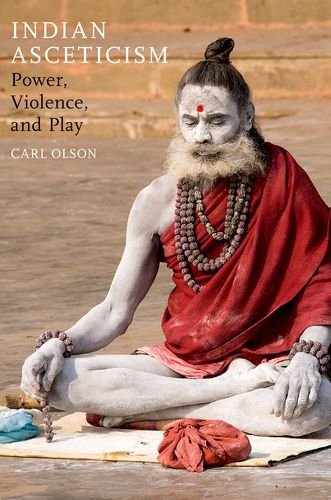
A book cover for Indian Asceticism: Power, Violence, and Play; Carl Olson; Religion & Spirituality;